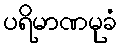
ပရိမာဏမုခံ